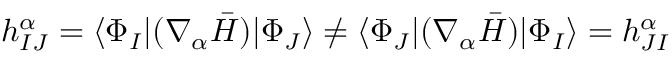
h _ { I J } ^ { \alpha } = \langle \Phi _ { I } | ( \nabla _ { \alpha } \bar { H } ) | \Phi _ { J } \rangle \neq \langle \Phi _ { J } | ( \nabla _ { \alpha } \bar { H } ) | \Phi _ { I } \rangle = h _ { J I } ^ { \alpha }